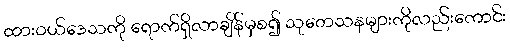
ထားဝယ်ဒေသကို ရောက်ရှိလာချိန်မှစ၍ သုတေသနများကိုလည်းကောင်း